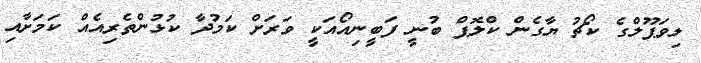
ލިވަޕޫލްގެ ކޯޗު ޔާގެން ކްލޮޕް ބުނީ ފަބީނިއޯއަކީ ވަރަށް ކަމުދާ ކުޅުންތެރިއެއް ކަމަށާއި